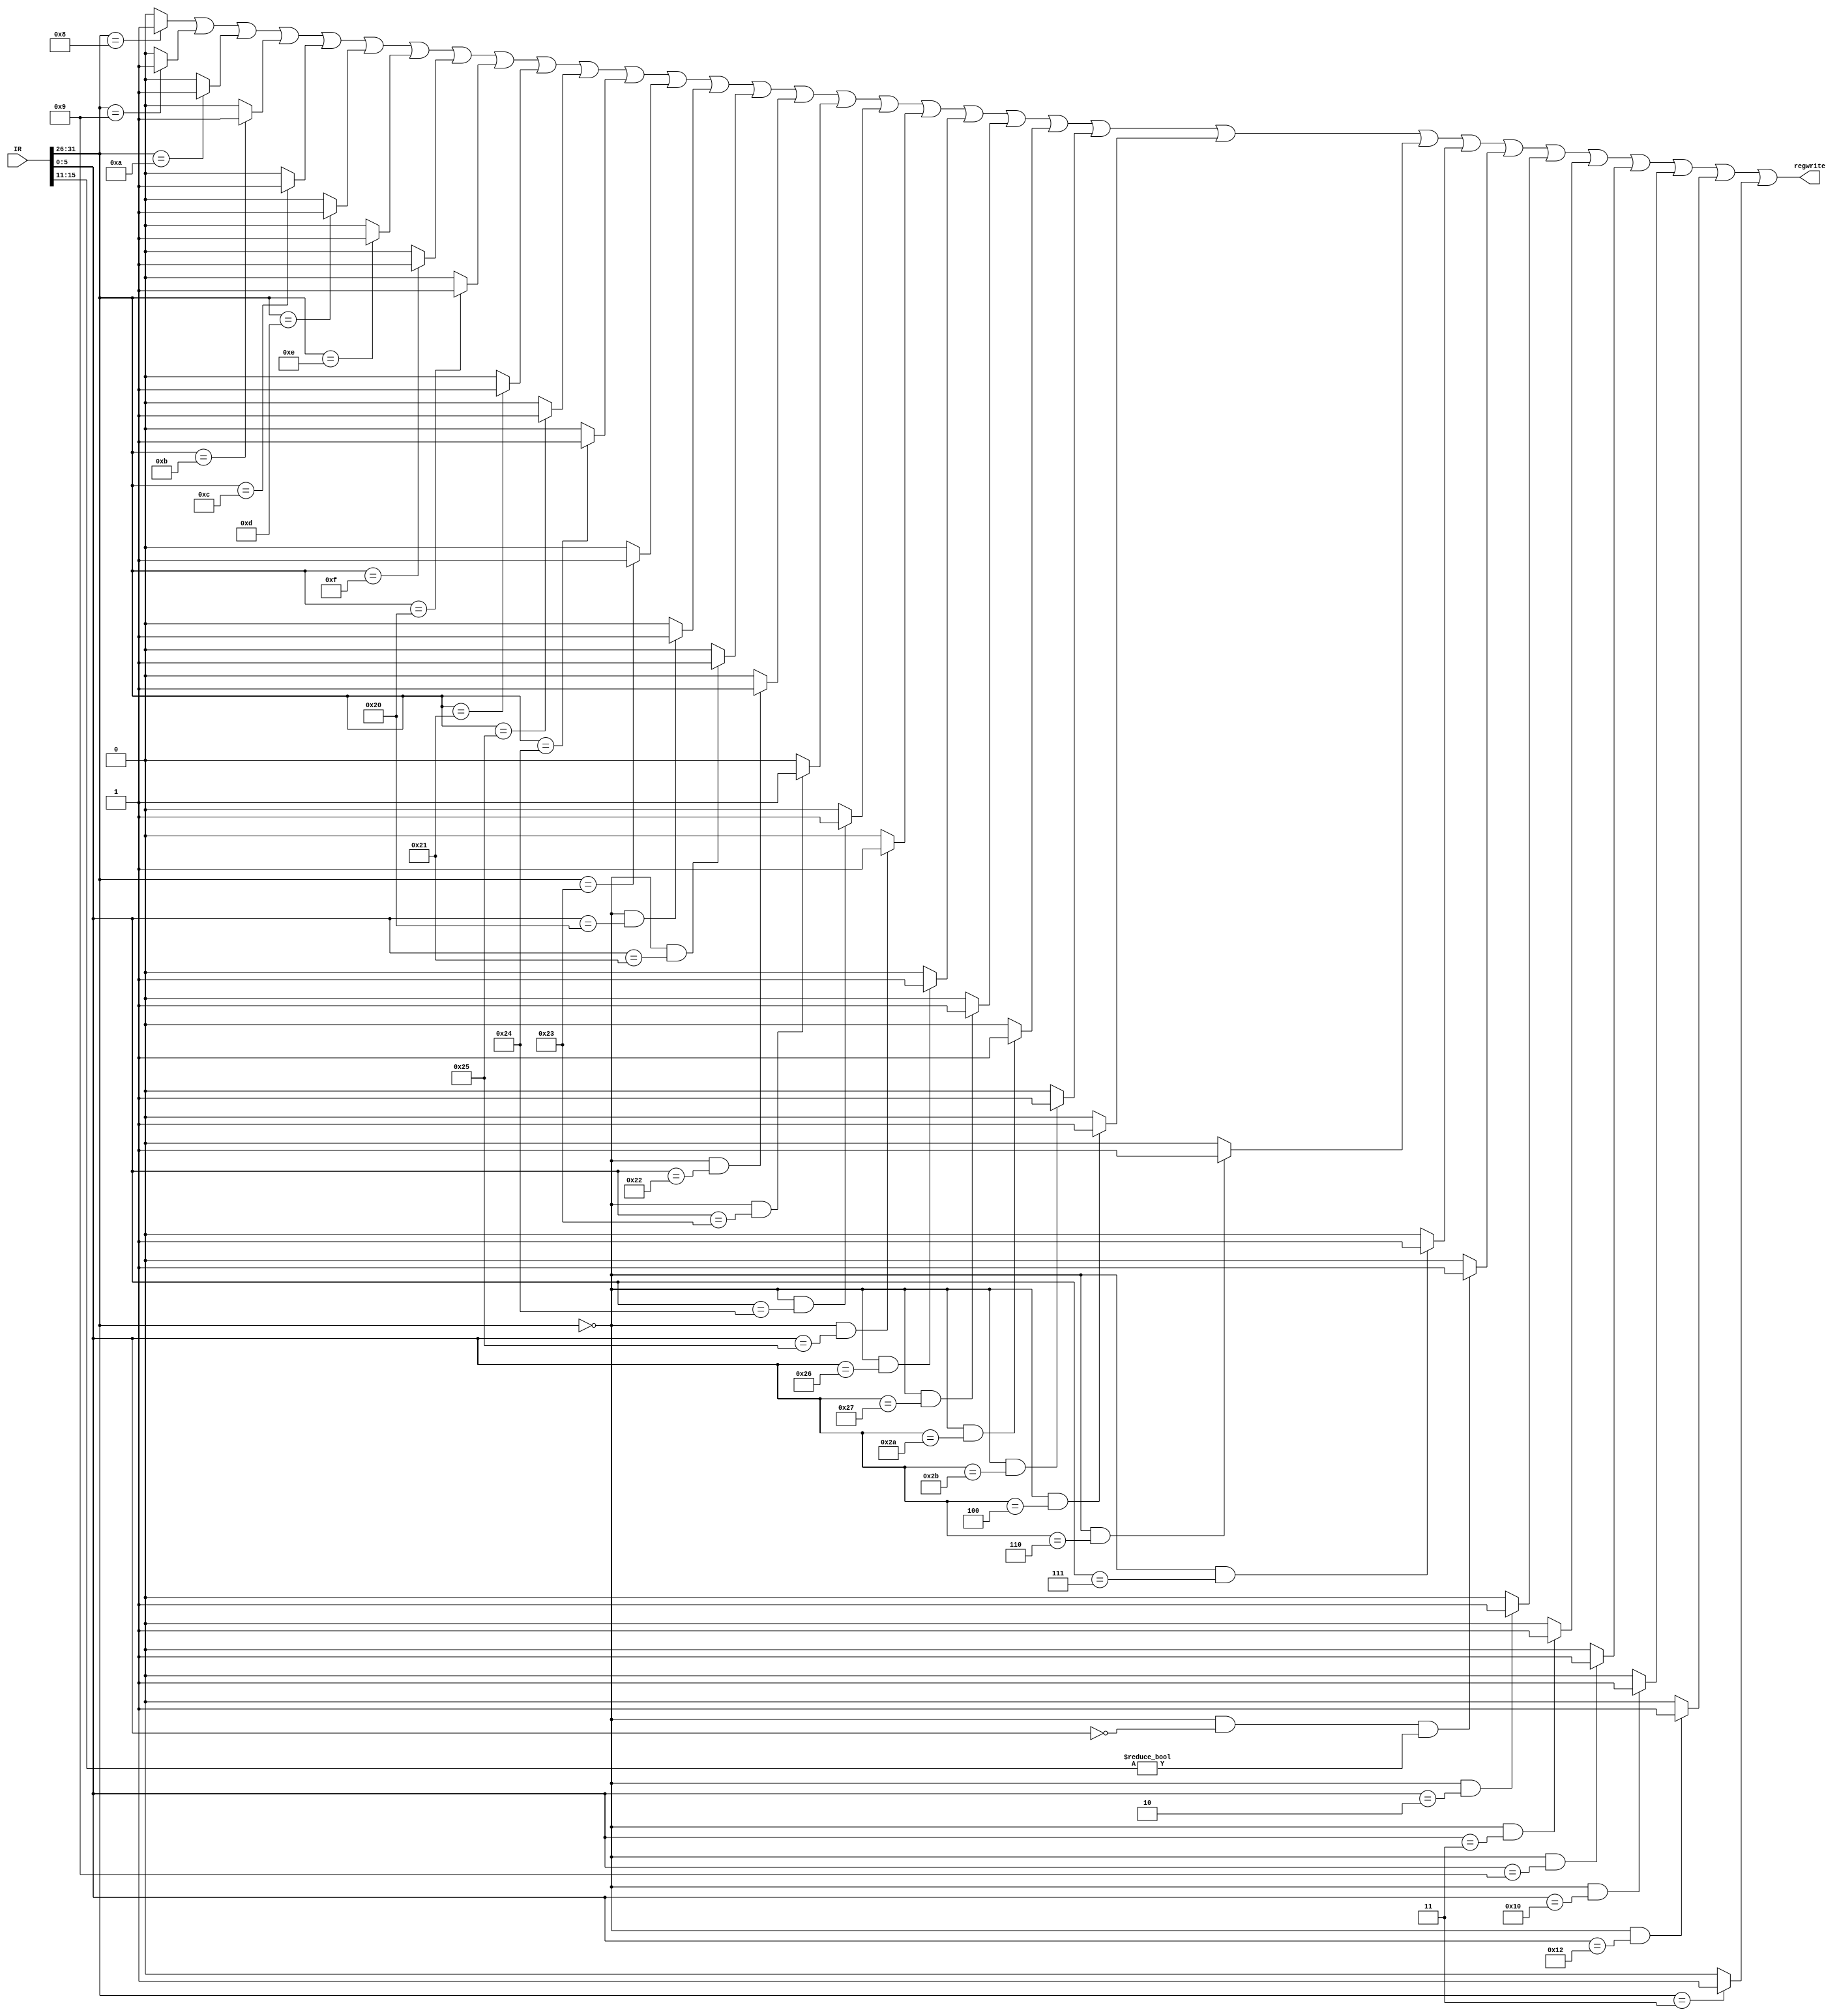
`timescale 1ns / 1ps
//////////////////////////////////////////////////////////////////////////////////
// Company: 
// Engineer: 
// 
// Design Name: 
// Module Name:    hazard_decoder 
// Project Name: 
// Target Devices: 
// Tool versions: 
// Description: 
//
// Dependencies: 
//
// Revision: 
// Revision 0.01 - File Created
// Additional Comments: 
//
//////////////////////////////////////////////////////////////////////////////////
`define op 		IR[31:26]
`define func 	IR[5:0]
`define rs		IR[25:21]
`define rt		IR[20:16]
`define rd		IR[15:11]
`define s		IR[10:6]
module hazard_decoder(
    input [31:0] IR,
    output regwrite
    );

	assign addu=	(`op==6'b000000 && `func==6'b100001)?1:0;
	assign subu=	(`op==6'b000000 && `func==6'b100011)?1:0;
	assign jr=		(`op==6'b000000 && `func==6'b001000)?1:0;
	assign add=		(`op==6'b000000 && `func==6'b100000)?1:0;
	assign AND=		(`op==6'b000000 && `func==6'b100100)?1:0;
	assign div=		(`op==6'b000000 && `func==6'b011010)?1:0;
	assign divu=	(`op==6'b000000 && `func==6'b011011)?1:0;
	assign jalr=	(`op==6'b000000 && `func==6'b001001)?1:0;
	assign mfhi=	(`op==6'b000000 && `func==6'b010000)?1:0;
	assign mflo=	(`op==6'b000000 && `func==6'b010010)?1:0;
	assign mthi=	(`op==6'b000000 && `func==6'b010001)?1:0;
	assign mtlo=	(`op==6'b000000 && `func==6'b010011)?1:0;
	assign mult=	(`op==6'b000000 && `func==6'b011000)?1:0;
	assign multu=	(`op==6'b000000 && `func==6'b011001)?1:0;
	assign OR=		(`op==6'b000000 && `func==6'b100101)?1:0;
	assign NOR=		(`op==6'b000000 && `func==6'b100111)?1:0;
	assign sllv=	(`op==6'b000000 && `func==6'b000100)?1:0;
	assign sll=		(`op==6'b000000 && `func==6'b000000 && `rd!=6'b000000)?1:0;
	assign slt=		(`op==6'b000000 && `func==6'b101010)?1:0;
	assign sltu=	(`op==6'b000000 && `func==6'b101011)?1:0;
	assign sra=		(`op==6'b000000 && `func==6'b000011)?1:0;
	assign srav=	(`op==6'b000000 && `func==6'b000111)?1:0;
	assign srl=		(`op==6'b000000 && `func==6'b000010)?1:0;
	assign srlv=	(`op==6'b000000 && `func==6'b000110)?1:0;
	assign sub=		(`op==6'b000000 && `func==6'b100010)?1:0;
	assign XOR=		(`op==6'b000000 && `func==6'b100110)?1:0;
	assign addi=	(`op==6'b001000)?1:0;
	assign addiu=	(`op==6'b001001)?1:0;
	assign andi=	(`op==6'b001100)?1:0;
	assign beq= 	(`op==6'b000100)?1:0;
	assign bgez=	(`op==6'b000001 && `rt==5'b00001)?1:0;
	assign bltz=	(`op==6'b000001 && `rt==5'b00000)?1:0;
	assign bgtz=	(`op==6'b000111)?1:0;
	assign blez=	(`op==6'b000110)?1:0;
	assign bne=		(`op==6'b000101)?1:0;
	assign j=		(`op==6'b000010)?1:0;
	assign jal= 	(`op==6'b000011)?1:0;
	assign lb=		(`op==6'b100000)?1:0;
	assign lbu=		(`op==6'b100100)?1:0;
	assign lh=		(`op==6'b100001)?1:0;
	assign lhu=		(`op==6'b100101)?1:0;
	assign lui= 	(`op==6'b001111)?1:0;
	assign lw=		(`op==6'b100011)?1:0;
	assign ori= 	(`op==6'b001101)?1:0;
	assign sb=		(`op==6'b101000)?1:0;
	assign sh=		(`op==6'b101001)?1:0;
	assign slti=	(`op==6'b001010)?1:0;
	assign sltiu=	(`op==6'b001011)?1:0;
	assign sw=		(`op==6'b101011)?1:0;
	assign xori= 	(`op==6'b001110)?1:0;
	
	assign regwrite=	addi|addiu|slti|sltiu|andi|ori|xori|lui|lb|lh|lhu|lbu|lw|add|addu|sub|subu|AND|OR|XOR|NOR|slt|sltu|sllv|srlv|
							srav|sll|srl|sra|jalr|mfhi|mflo|jal;
	
endmodule